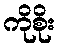
ကိုစိုး